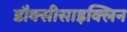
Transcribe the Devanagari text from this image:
डौक्सीसाइक्लिन